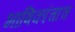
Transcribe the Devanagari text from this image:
भाषिकांचाच